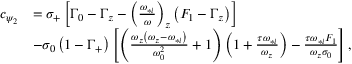
\begin{array} { r l } { c _ { \psi _ { 2 } } } & { = \sigma _ { + } \left[ \Gamma _ { 0 } - \Gamma _ { z } - \left( \frac { \omega _ { * i } } { \omega } \right) _ { z } \left( F _ { 1 } - \Gamma _ { z } \right) \right] } \\ & { - \sigma _ { 0 } \left( 1 - \Gamma _ { + } \right) \left[ \left( \frac { \omega _ { z } \left( \omega _ { z } - \omega _ { * i } \right) } { \omega _ { 0 } ^ { 2 } } + 1 \right) \left( 1 + \frac { \tau \omega _ { * i } } { \omega _ { z } } \right) - \frac { \tau \omega _ { * i } F _ { 1 } } { \omega _ { z } \sigma _ { 0 } } \right] , } \end{array}